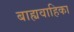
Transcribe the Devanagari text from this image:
बाह्यवाहिका